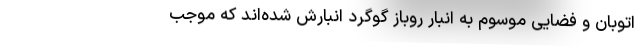
اتوبان و فضایی موسوم به انبار روباز گوگرد انبارش شده‌اند که موجب